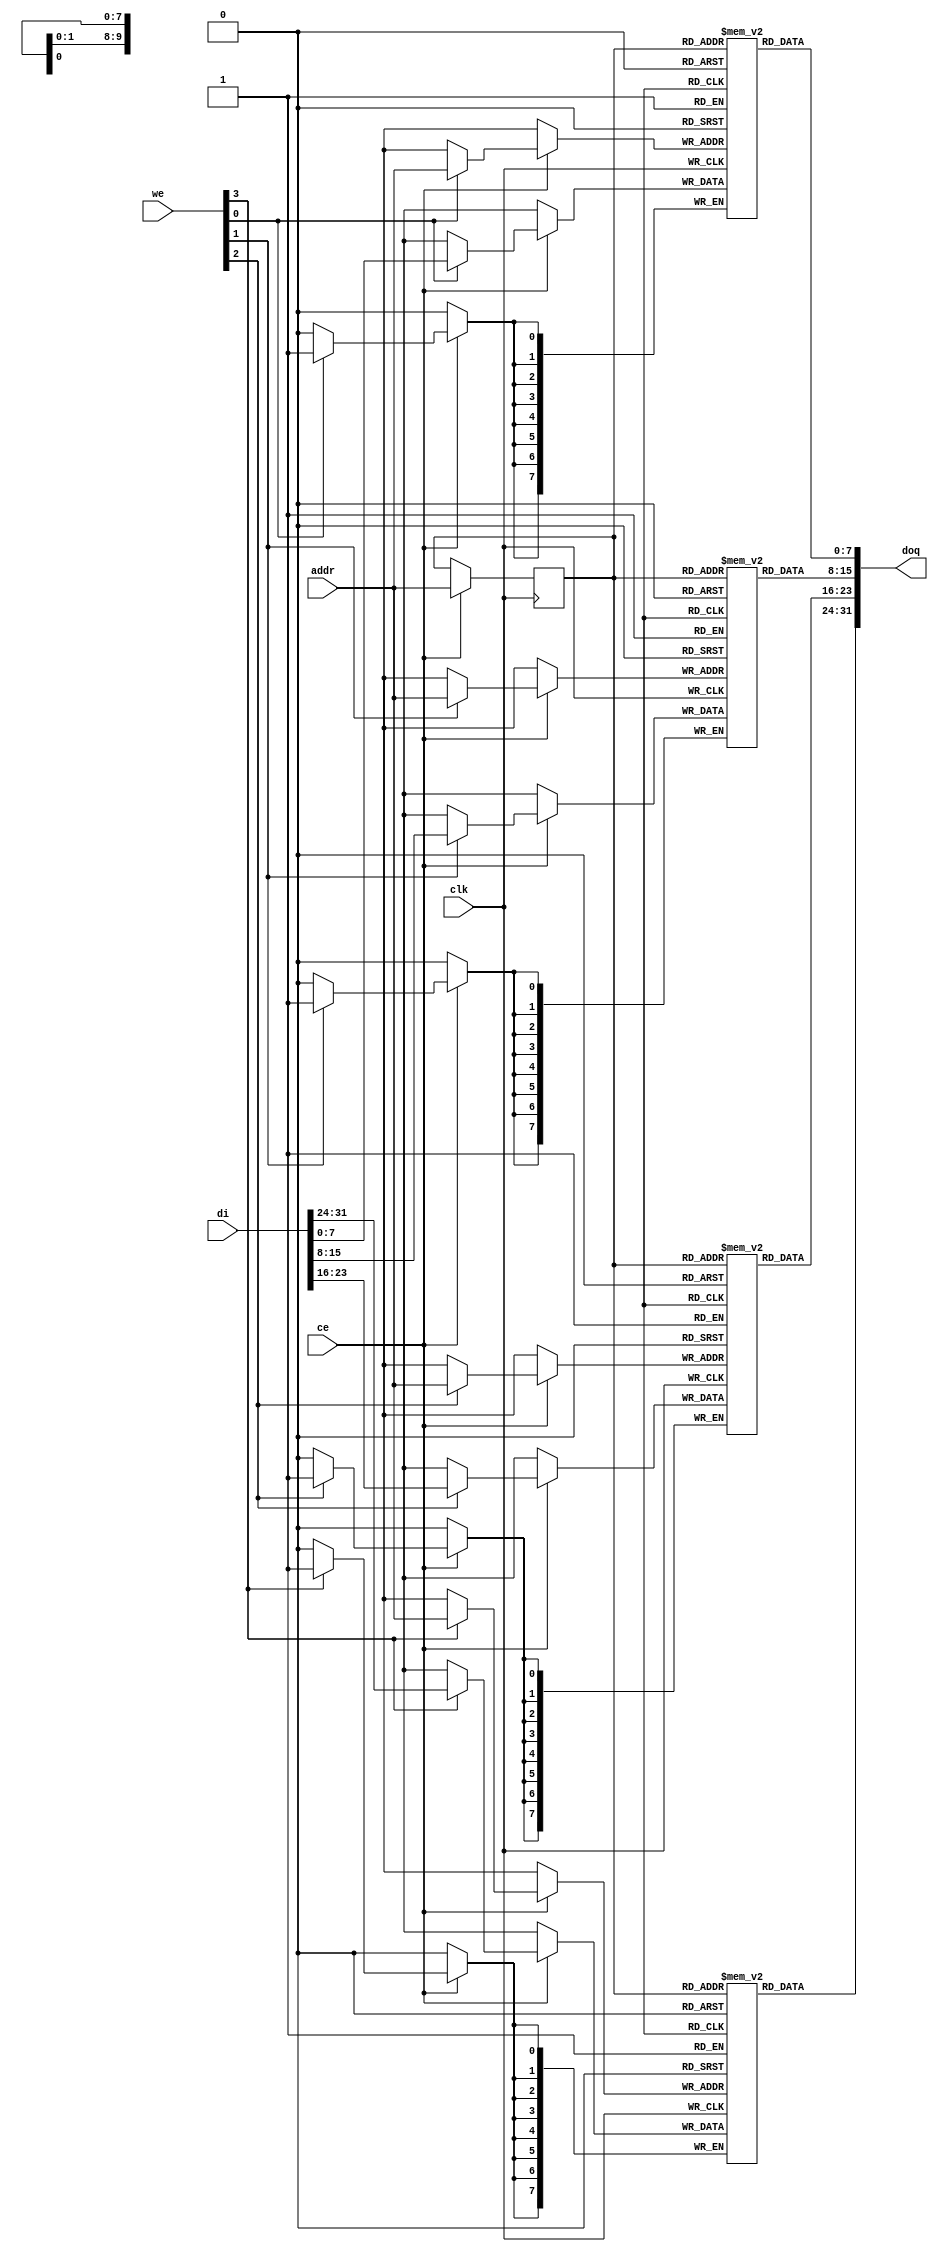
module or1200_spram_32_bw
  (
`ifdef OR1200_BIST
   // RAM BIST
   mbist_si_i, mbist_so_o, mbist_ctrl_i,
`endif
   // Generic synchronous single-port RAM interface
   clk, ce, we, addr, di, doq
   );
   
   //
   // Default address and data buses width
   //
   parameter aw = 10;
   parameter dw = 32;
   
`ifdef OR1200_BIST
   //
   // RAM BIST
   //
   input mbist_si_i;
   input [`OR1200_MBIST_CTRL_WIDTH - 1:0] mbist_ctrl_i;
   output 				  mbist_so_o;
`endif
   
   //
   // Generic synchronous single-port RAM interface
   //
   input 				  clk;	// Clock
   input 				  ce;	// Chip enable input
   input [3:0]				  we;	// Write enable input
   input [aw-1:0] 			  addr;	// address bus inputs
   input [dw-1:0] 			  di;	// input data bus
   output [dw-1:0] 			  doq;	// output data bus
   
   //
   // Internal wires and registers
   //

   //
   // Generic single-port synchronous RAM model
   //
   
   //
   // Generic RAM's registers and wires
   //
`ifdef OR1200_GENERIC   
   reg [7:0] 				  mem0 [(1<<aw)-1:0] /*synthesis syn_ramstyle = "no_rw_check"*/;
   reg [7:0] 				  mem1 [(1<<aw)-1:0] /*synthesis syn_ramstyle = "no_rw_check"*/;
   reg [7:0] 				  mem2 [(1<<aw)-1:0] /*synthesis syn_ramstyle = "no_rw_check"*/;
   reg [7:0] 				  mem3 [(1<<aw)-1:0] /*synthesis syn_ramstyle = "no_rw_check"*/;
`else
   reg [7:0] 				  mem0 [(1<<aw)-1:0];
   reg [7:0] 				  mem1 [(1<<aw)-1:0];
   reg [7:0] 				  mem2 [(1<<aw)-1:0];
   reg [7:0] 				  mem3 [(1<<aw)-1:0];
`endif
   reg [aw-1:0] 			  addr_reg;		// RAM address register
   
   //
   // Data output drivers
   //
   assign doq = {mem0[addr_reg], mem1[addr_reg], mem2[addr_reg], mem3[addr_reg]};
   
   //
   // RAM read address register
   //
   always @(posedge clk)
     if (ce)
       addr_reg <=  addr;
   
   //
   // RAM write - big endian selection
   //
   always @(posedge clk)
     if (ce) begin
       if (we[3])
         mem0[addr] <=  di[31:24];
       if (we[2])
         mem1[addr] <=  di[23:16];
       if (we[1])
         mem2[addr] <=  di[15:08];
       if (we[0])
         mem3[addr] <=  di[07:00];
     end
   
endmodule